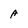
Character: A